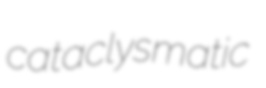
cataclysmatic